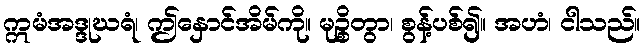
ဣမံအဒ္ဒုဃရံ၊ ဤနှောင်အိမ်ကို။ မုဉ္စိတွာ၊ စွန့်ပစ်၍။ အဟံ၊ ငါသည်။